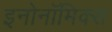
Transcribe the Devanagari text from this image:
इनोनॉमिक्स